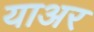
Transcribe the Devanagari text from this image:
याअर